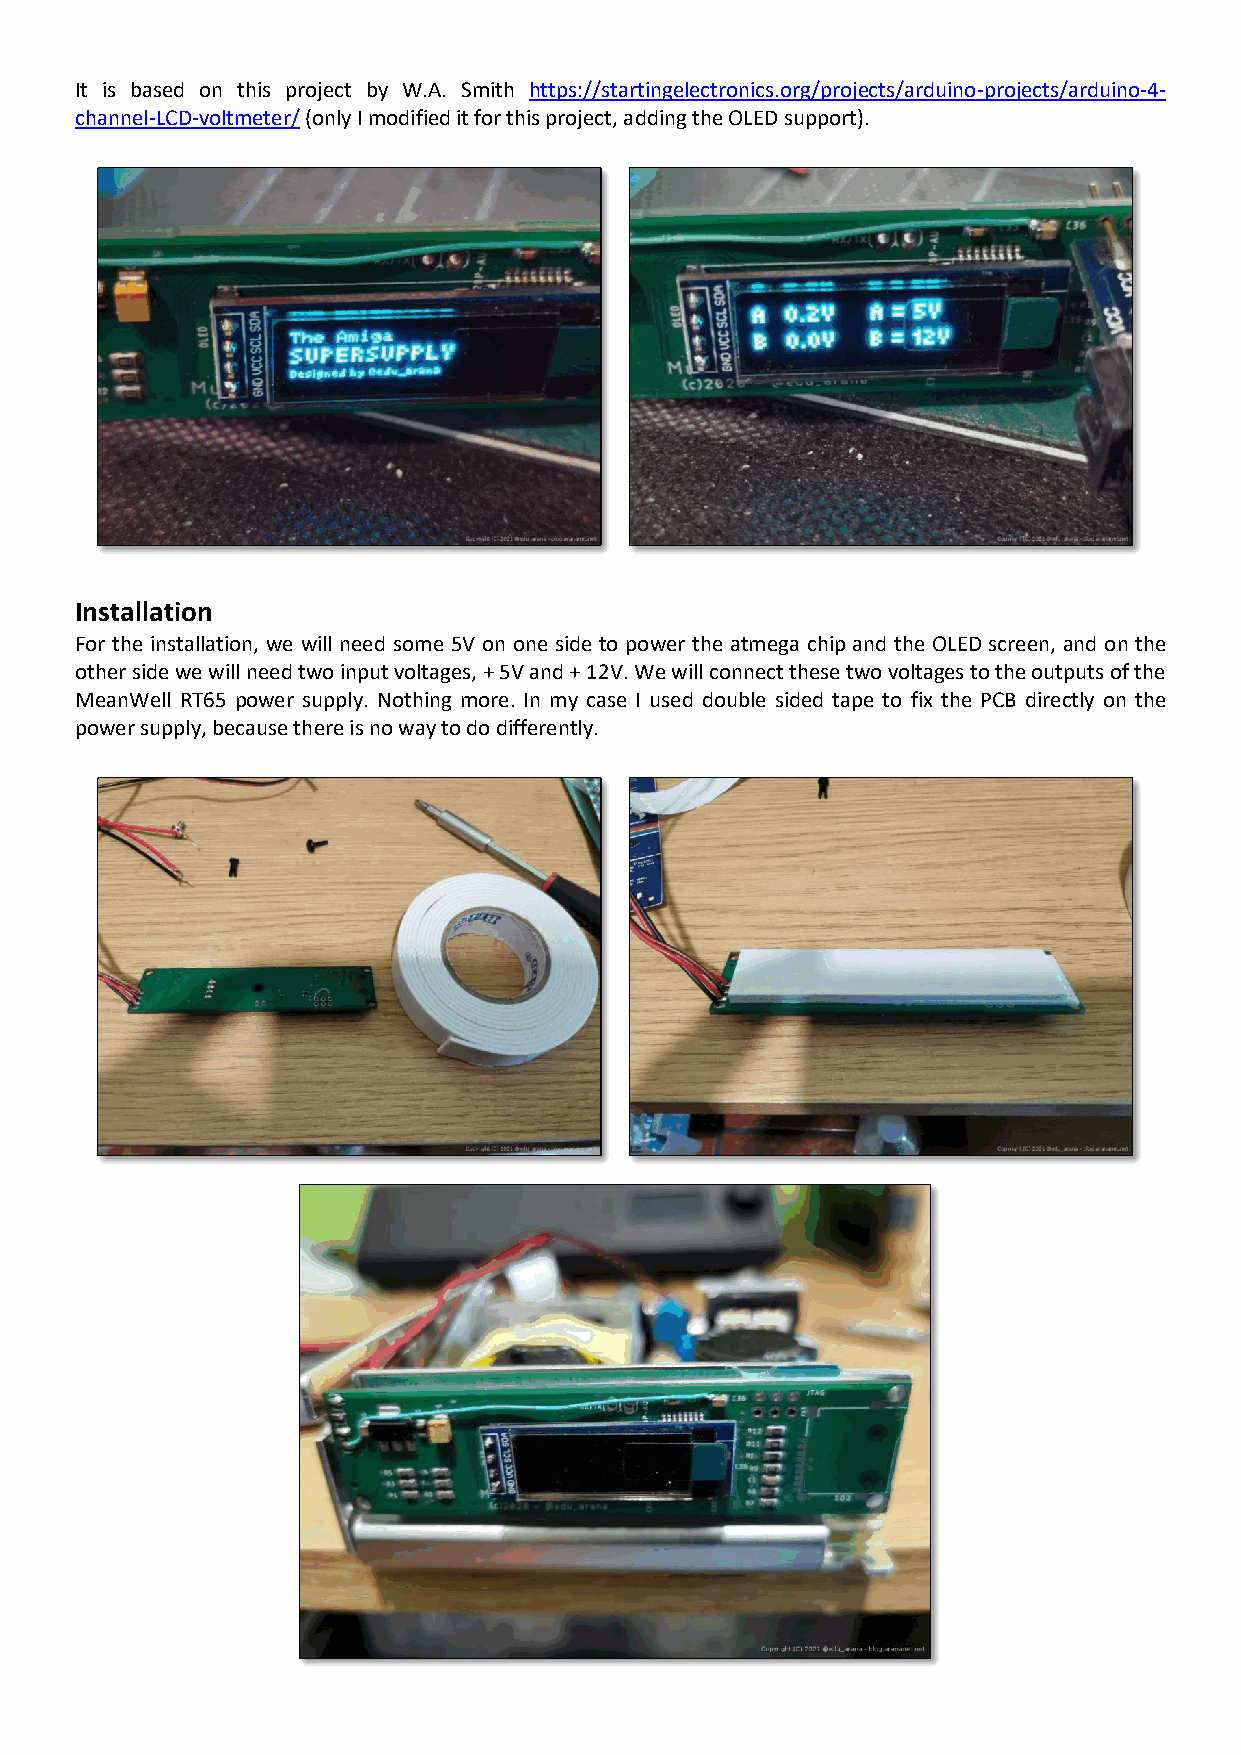
It is based on this project by W.A. Smith https://startingelectronics.org/projects/arduino-projects/arduino-4-
 channel-LCD-voltmeter/ (only I modified it for this project, adding the OLED support).
 Installation
 For the installation, we will need some 5V on one side to power the atmega chip and the OLED screen, and on the
 other side we will need two input voltages, + 5V and + 12V. We will connect these two voltages to the outputs of the
 MeanWell RT65 power supply. Nothing more. In my case I used double sided tape to fix the PCB directly on the
 power supply, because there is no way to do differently.